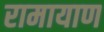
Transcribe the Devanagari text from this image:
रामायाण